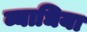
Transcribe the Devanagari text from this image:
व्याधिया